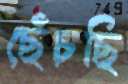
ছেঁচছি